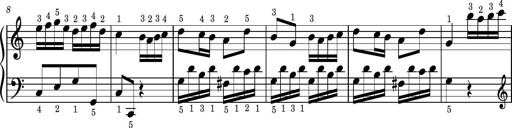
Title: Easy Progressive Lessons and 4 Sonatinas
Composer: Thomas Attwood